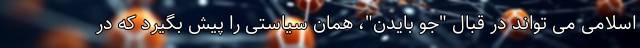
اسلامی می تواند در قبال "جو بایدن"، همان سیاستی را پیش بگیرد که در